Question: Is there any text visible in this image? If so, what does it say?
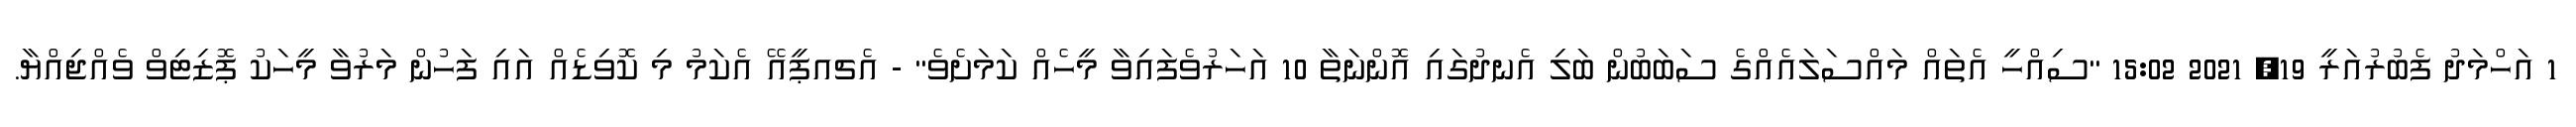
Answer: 1 އަހްމަދު ފެބުރުއަރީ 19, 2021 15:02 "ސިއްހީ އެތައް މައްސަލައެއްގެ ސަބަބުން ބަލި އެނދުގައި އޮންނަތާ 10 އަހަރުވެފައިވާ މީހެއް ކަމަށެވެ" - އެޗއޕީއޭ އެކަމު މި ކޮވިޑެއް އައި ފަހުން މަރުވާ މީހަކު ޕޮޒިޓިވް ވެއްޖިއްޔާ.